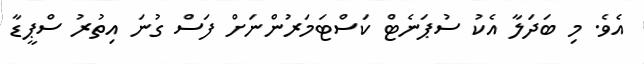
އެވެ. މި ބަދަލާ އެކު ސުޕަނެޓް ކަސްޓަމަރުންނަށް ފަސް ގުނަ އިތުރު ސްޕީޑާ